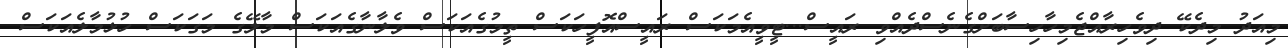
މިއަދު މިދެކޭ ދިވެހިރާއްޖެމިހާހިސާބަށްގެނެސްދެއްވި ރައީސް...ޓީވީއެމަކަސް ރައީސްއޮފީހަކަސް ތީމުގެއަކަސް ވެލާނާގެއަކަސް މާލޭގެ މަގަކަސް ހުޅުމާލެއަކަސް